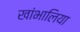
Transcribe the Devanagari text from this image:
खांभालिया